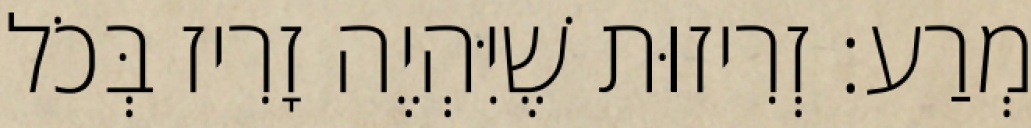
מְרַע: זְרִיזוּת שֶׁיִּהְיֶה זָרִיז בְּכֹל